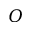
O